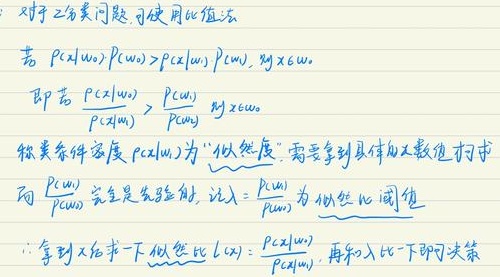
对于2分类问题，使用比值法：若 \(P(x|w_0)P(w_0)>P(x|w_1)P(w_1)\)，则 \(x \in w_0\)，即若 \(\frac{P(x|w_0)}{P(x|w_1)}>\frac{P(w_1)}{P(w_0)}\)，则 \(x \in w_0\)。
称类条件密度 \(P(x|w_i)\) 为“似然度”，需要拿到具体的数值进行求解。而 \(\frac{P(w_i)}{P(w_j)}\) 完全是先验的，记 \(\lambda=\frac{P(w_1)}{P(w_0)}\) 为似然比阈值。
\(\therefore\) 拿到 \(x\) 后求一下似然比 \(l(x)=\frac{P(x|w_0)}{P(x|w_1)}\)，再和 \(\lambda\) 比一下即可决策。